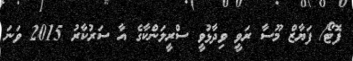
ފޮޓޯ/ ފަޔާޒް މޫސާ ރަވީ ވިދާޅުވީ ސްރީލަންކާގެ އާ ސަރުކާރު 2015 ވަނަ